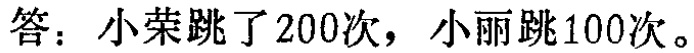
答：小荣跳了200次，小丽跳100次。